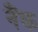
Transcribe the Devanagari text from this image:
नैंक